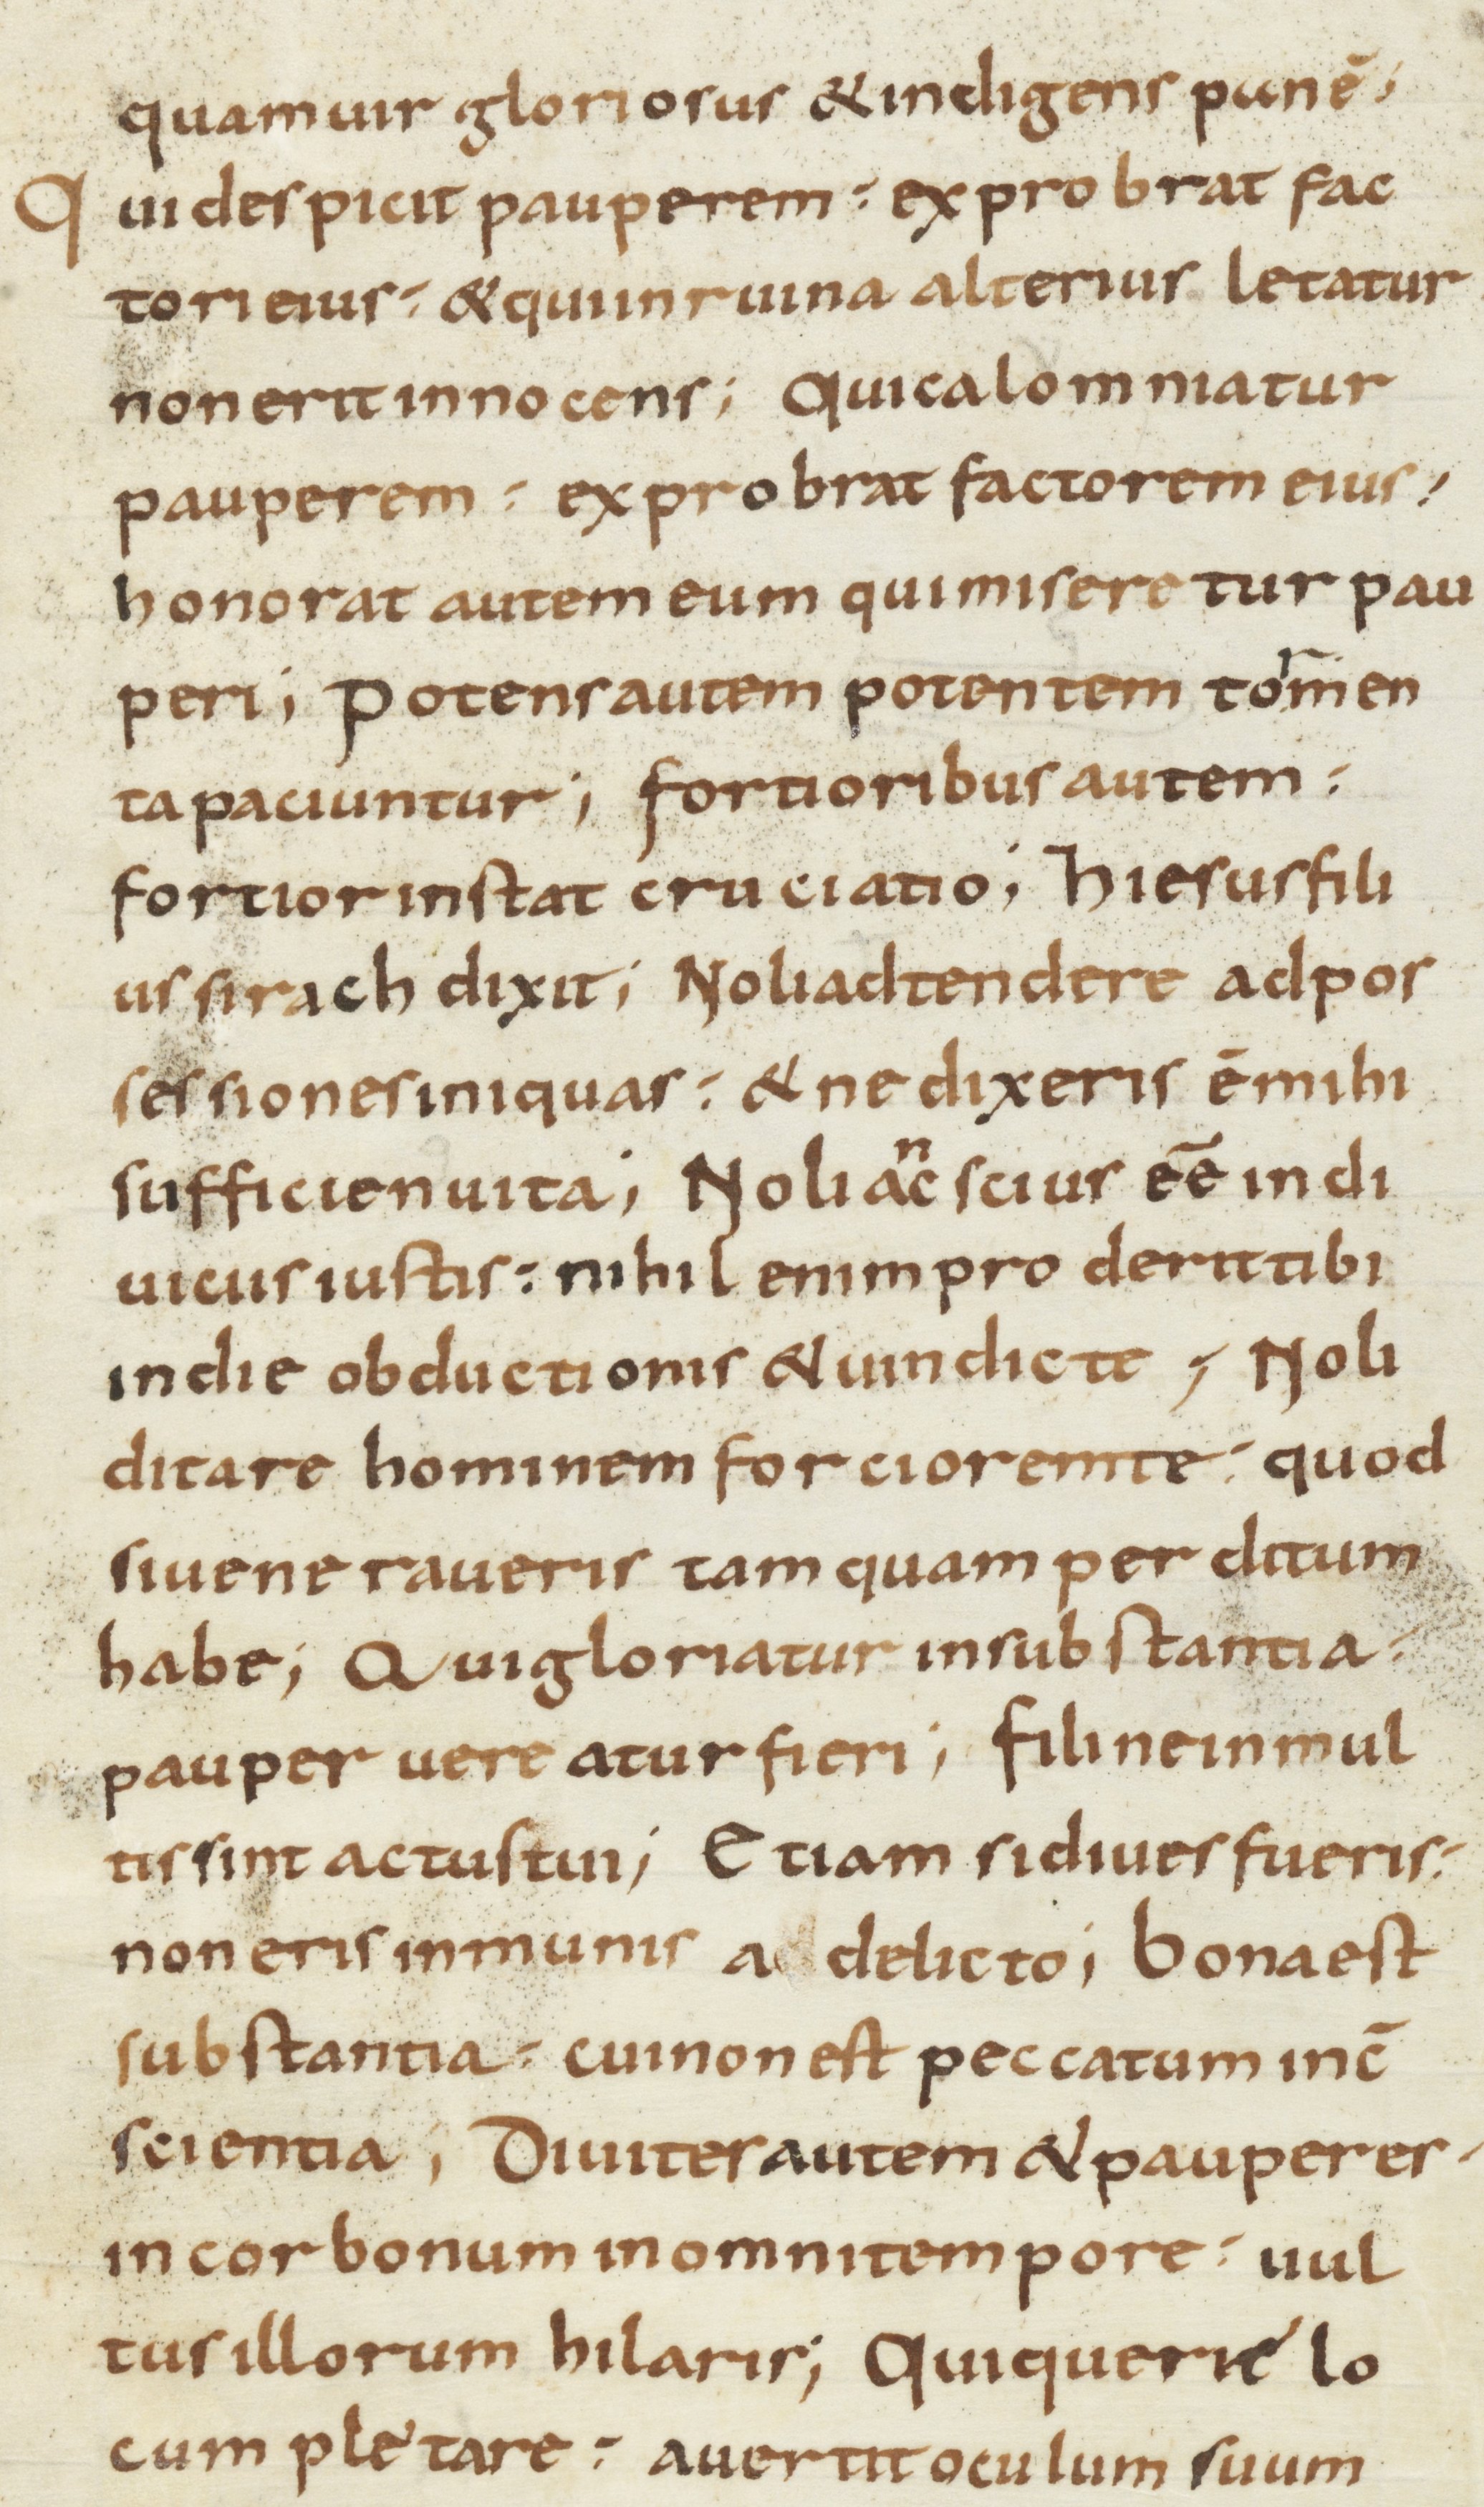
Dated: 800–899